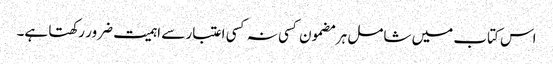
اس کتاب میں شامل ہر مضمون کسی نہ کسی اعتبار سے اہمیت ضرور رکھتا ہے۔